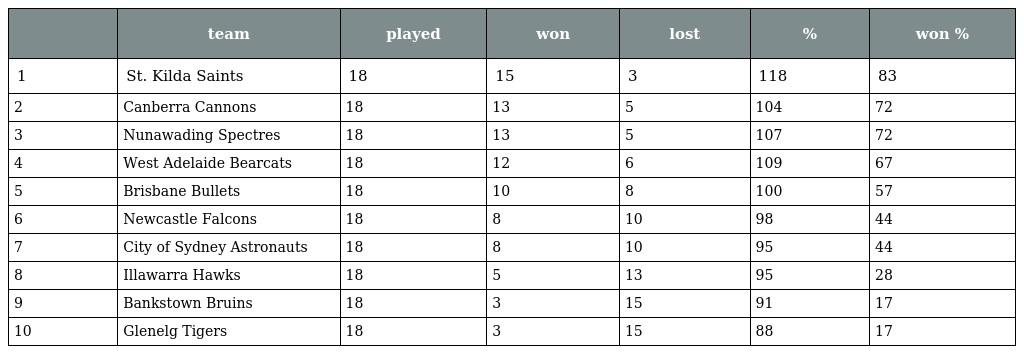
|  | team | played | won | lost | % | won % |
 | --- | --- | --- | --- | --- | --- | --- |
 | 1 | St. Kilda Saints | 18 | 15 | 3 | 118 | 83 |
 | 2 | Canberra Cannons | 18 | 13 | 5 | 104 | 72 |
 | 3 | Nunawading Spectres | 18 | 13 | 5 | 107 | 72 |
 | 4 | West Adelaide Bearcats | 18 | 12 | 6 | 109 | 67 |
 | 5 | Brisbane Bullets | 18 | 10 | 8 | 100 | 57 |
 | 6 | Newcastle Falcons | 18 | 8 | 10 | 98 | 44 |
 | 7 | City of Sydney Astronauts | 18 | 8 | 10 | 95 | 44 |
 | 8 | Illawarra Hawks | 18 | 5 | 13 | 95 | 28 |
 | 9 | Bankstown Bruins | 18 | 3 | 15 | 91 | 17 |
 | 10 | Glenelg Tigers | 18 | 3 | 15 | 88 | 17 |